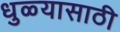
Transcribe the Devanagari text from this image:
धुळ्यासाठी